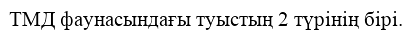
ТМД фаунасындағы туыстың 2 түрінің бірі.